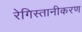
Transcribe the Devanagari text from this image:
रेगिस्तानीकरण